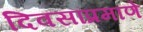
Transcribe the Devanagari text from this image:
दिवसांप्रमाणे